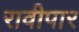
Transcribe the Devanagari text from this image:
रावीपार